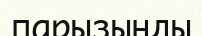
парызыңды